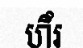
ហឹរ